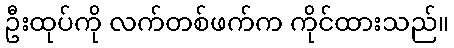
ဦးထုပ်ကို လက်တစ်ဖက်က ကိုင်ထားသည်။